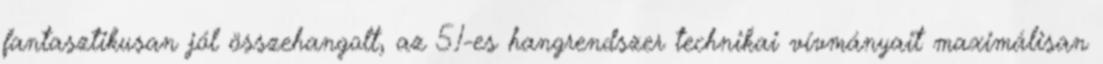
fantasztikusan jól összehangolt, az 5.1-es hangrendszer technikai vívmányait maximálisan